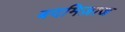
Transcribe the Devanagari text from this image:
बदमिज़ाज